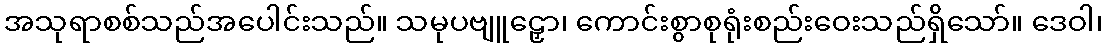
အသုရာစစ်သည်အပေါင်းသည်။ သမုပဗျူဠှော၊ ကောင်းစွာစုရုံးစည်းဝေးသည်ရှိသော်။ ဒေဝါ၊